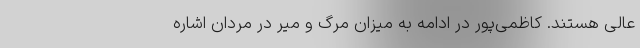
عالی هستند. کاظمی‌پور در ادامه به میزان مرگ و میر در مردان اشاره